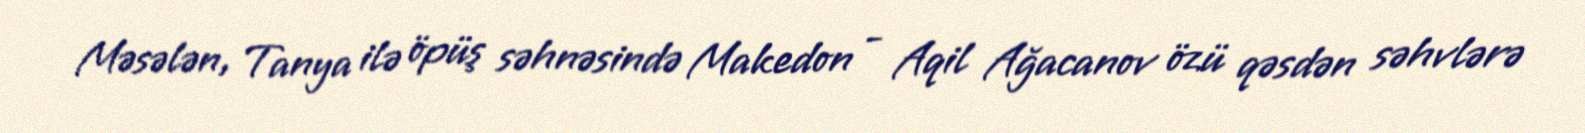
Məsələn, Tanya ilə öpüş səhnəsində Makedon - Aqil Ağacanov özü qəsdən səhvlərə